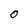
Character: O